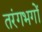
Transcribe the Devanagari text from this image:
तरंगभगों